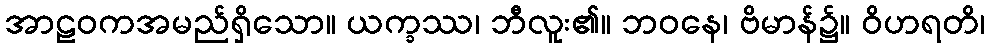
အာဠဝကအမည်ရှိသော။ ယက္ခဿ၊ ဘီလူး၏။ ဘဝနေ၊ ဗိမာန်၌။ ဝိဟရတိ၊